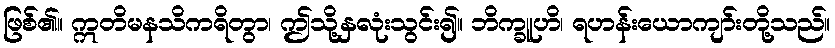
ဖြစ်၏။ ဣတိမနသိကရိတွာ၊ ဤသို့နှလုံးသွင်း၍။ ဘိက္ခူဟိ၊ ရဟန်းယောကျာ်းတို့သည်။